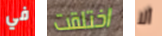
في اختلقت ألا